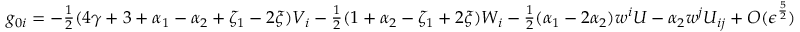
g _ { 0 i } = - \textstyle { \frac { 1 } { 2 } } ( 4 \gamma + 3 + \alpha _ { 1 } - \alpha _ { 2 } + \zeta _ { 1 } - 2 \xi ) V _ { i } - \textstyle { \frac { 1 } { 2 } } ( 1 + \alpha _ { 2 } - \zeta _ { 1 } + 2 \xi ) W _ { i } - \textstyle { \frac { 1 } { 2 } } ( \alpha _ { 1 } - 2 \alpha _ { 2 } ) w ^ { i } U - \alpha _ { 2 } w ^ { j } U _ { i j } + O ( \epsilon ^ { \frac { 5 } { 2 } } )